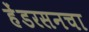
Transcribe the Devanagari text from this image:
हेंडरसनचा